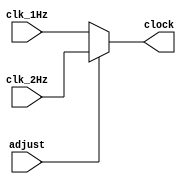
`timescale 1ns / 1ps
//////////////////////////////////////////////////////////////////////////////////
// Company: 
// Engineer: 
// 
// Design Name: 
// Module Name:    select_clock 
// Project Name: 
// Target Devices: 
// Tool versions: 
// Description: 
//
// Dependencies: 
//
// Revision: 
// Revision 0.01 - File Created
// Additional Comments: 
//
//////////////////////////////////////////////////////////////////////////////////
module select_clock(
	// INPUT
	clk_1Hz, clk_2Hz, adjust,
	
	// OUTPUT
	clock
    );
	 
	 input clk_1Hz;
	 input clk_2Hz;
	 input adjust;
	 
	 output clock;
	 
	 reg clk_reg;
	 
	 assign clock = clk_reg;
	 
	 always @(*)
	 begin
	 
		if (adjust == 0)
			clk_reg = clk_1Hz;
		else
			clk_reg = clk_2Hz;
			
	 end

endmodule